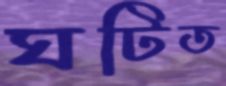
ঘটিত